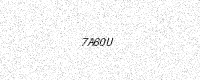
Text: 7A60U